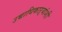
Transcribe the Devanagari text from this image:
उच्चाधिकाऱ्यांशी